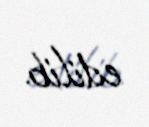
edilib.